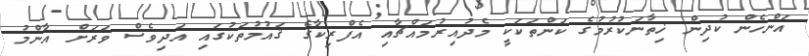
އަންހެން ކުދިން ޚިތާނަކުރުމުގެ ކަންތަކަކީ މެދުއިރުމައްޗާއި އެފްރިކާގެ ޤައުމުތަކުގައި އަދިވެސް ވަރަށް އާންމު